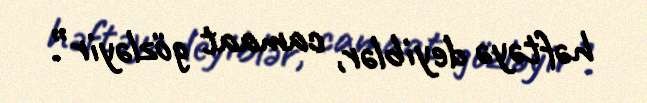
həftəyə deyiblər, camaat gözləyir”.